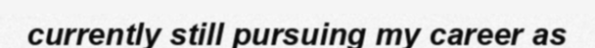
currently still pursuing my career as